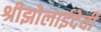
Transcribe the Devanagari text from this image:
श्रीझोलाईदेवी